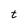
Character: t